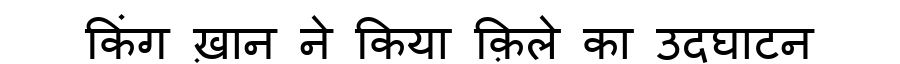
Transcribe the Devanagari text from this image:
किंग ख़ान ने किया क़िले का उदघाटन